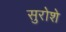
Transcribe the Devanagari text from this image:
सुरोशे